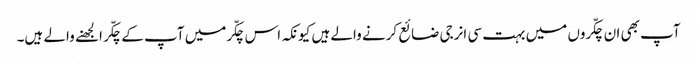
آپ بھی ان چکّروں میں بہت سی انرجی ضائع کرنے والے ہیں کیونکہ اس چکّرمیں آپ کے چکّر الجھنے والے ہیں۔